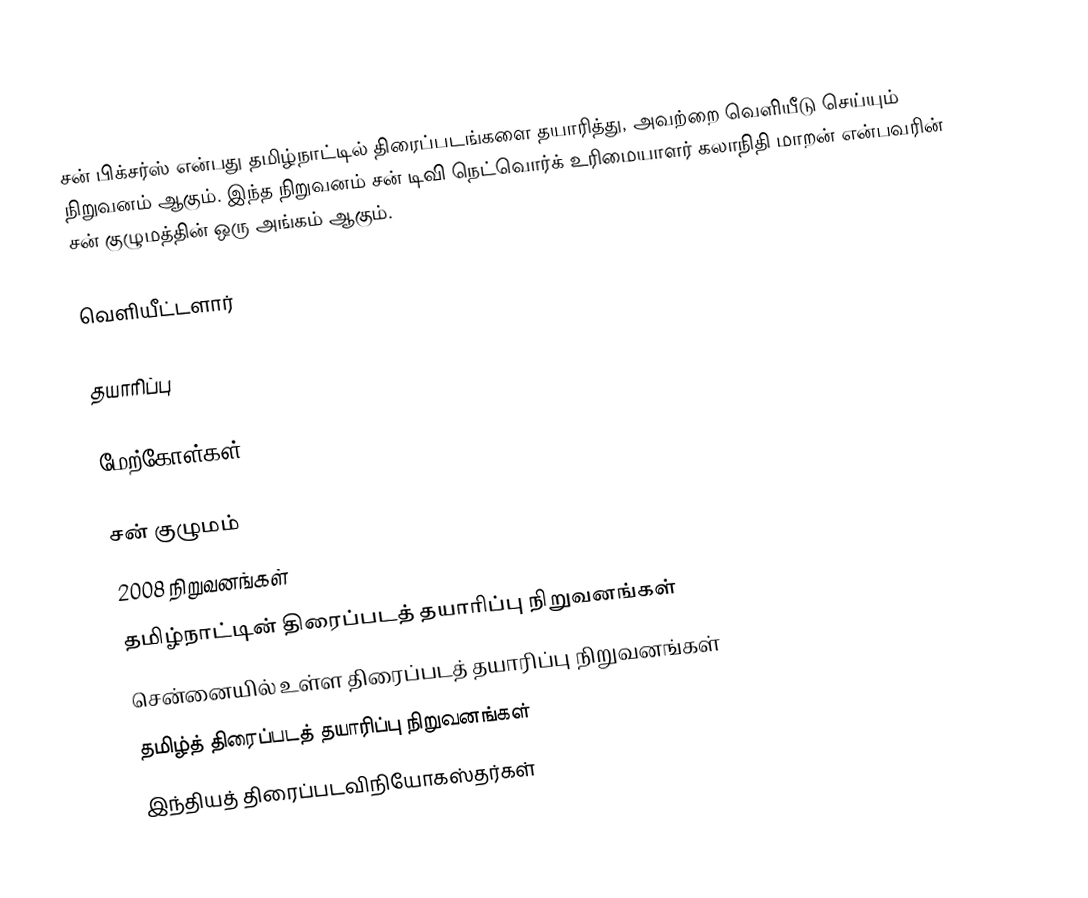
சன் பிக்சர்ஸ் என்பது தமிழ்நாட்டில் திரைப்படங்களை தயாரித்து, அவற்றை வெளியீடு செய்யும் நிறுவனம் ஆகும். இந்த நிறுவனம் சன் டிவி நெட்வொர்க் உரிமையாளர் கலாநிதி மாறன் என்பவரின் சன் குழுமத்தின் ஒரு அங்கம் ஆகும்.

வெளியீட்டளார்

தயாரிப்பு

மேற்கோள்கள்

சன் குழுமம்
2008 நிறுவனங்கள்
தமிழ்நாட்டின் திரைப்படத் தயாரிப்பு நிறுவனங்கள்
சென்னையில் உள்ள திரைப்படத் தயாரிப்பு நிறுவனங்கள்
தமிழ்த் திரைப்படத் தயாரிப்பு நிறுவனங்கள்
இந்தியத் திரைப்படவிநியோகஸ்தர்கள்